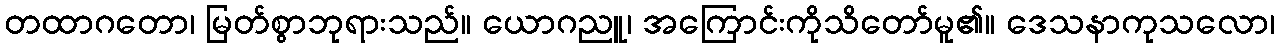
တထာဂတော၊ မြတ်စွာဘုရားသည်။ ယောဂညူ၊ အကြောင်းကိုသိတော်မူ၏။ ဒေသနာကုသလော၊